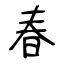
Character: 春